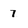
Character: 7